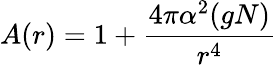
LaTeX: A(r)=1+{\frac{4\pi\alpha^{2}(gN)}{r^{4}}}